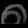
Digit: ၈